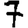
Digit: 7